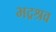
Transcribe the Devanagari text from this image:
भद्रश्रव